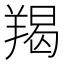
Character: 羯